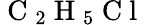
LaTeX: \mathrm{~C~}_{2}\mathrm{~H~}_{5}\mathrm{~C~l~}